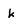
Character: k